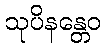
သုပိနန္တေဝ